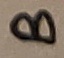
Text: B